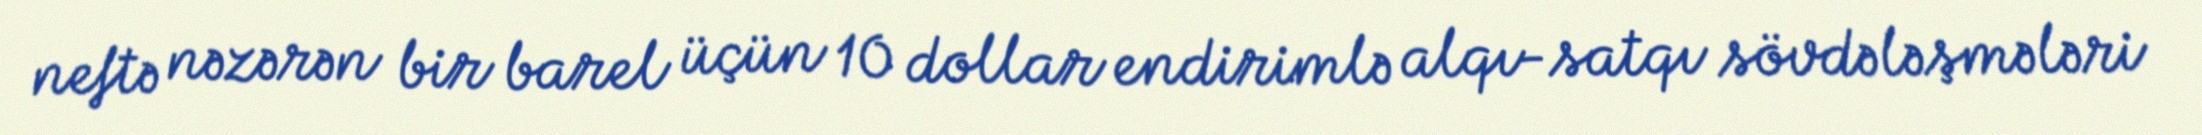
neftə nəzərən bir barel üçün 10 dollar endirimlə alqı-satqı sövdələşmələri